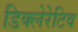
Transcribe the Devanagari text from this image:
डिक्लेरेटिव